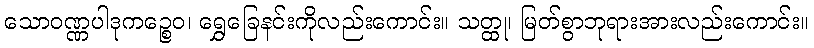
သောဝဏ္ဏပါဒုကဉ္စေဝ၊ ရွှေခြေနင်းကိုလည်းကောင်း။ သတ္ထု၊ မြတ်စွာဘုရားအားလည်းကောင်း။